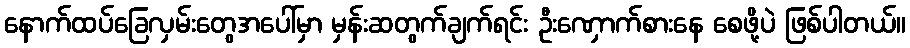
နောက်ထပ်ခြေလှမ်းတွေအပေါ်မှာ မှန်းဆတွက်ချက်ရင်း ဦးဏှောက်စားနေ စေဖို့ပဲ ဖြစ်ပါတယ်။